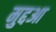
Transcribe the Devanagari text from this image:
मुद्दआ